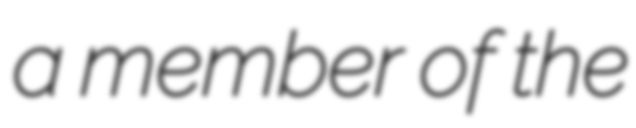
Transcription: a member of the